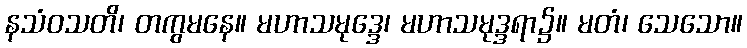
နသံဝသတိ၊ တကွမနေ။ မဟာသမုဒ္ဒေ၊ မဟာသမုဒ္ဒရာ၌။ မတံ၊ သေသော။